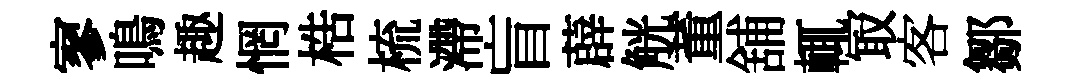
寥鳴趣惘梏梳滯盲薜觥董舖輒冣客鄒